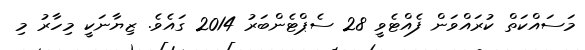
މަސައްކަތް ކުރައްވަން ފެއްޓެވީ 28 ސެޕްޓެންބަރު 2014 ގައެވެ. ޒިޔާނަކީ މިހާރު މި